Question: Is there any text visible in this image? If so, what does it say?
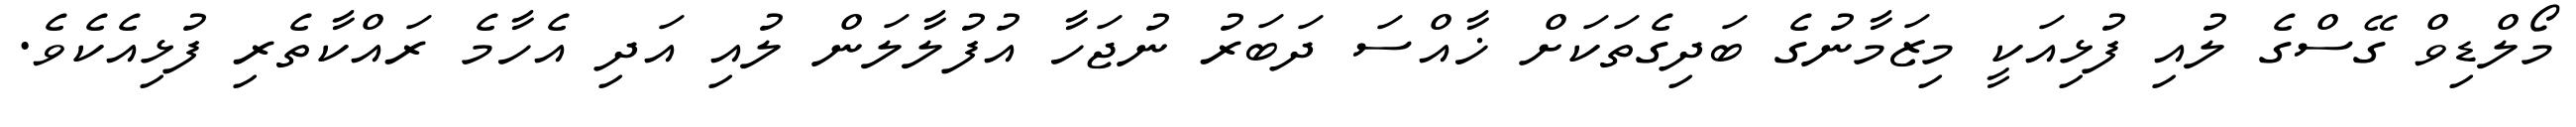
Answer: މޯލްޑިވް ގޭސްގެ ލުއި ފުޅިއަކީ މިޒަމާނުގެ ބަދިގެތަކަށް ޚާއްސަ ދަބަރު ނުޖަހާ އުފުލާލަން ލުއި އަދި އެހާމެ ރައްކާތެރި ފުޅިއެކެވެ.